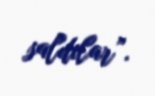
saldılar”.